Vaccination in Burma 1920-1933 - 1920-1933
Year: 1920
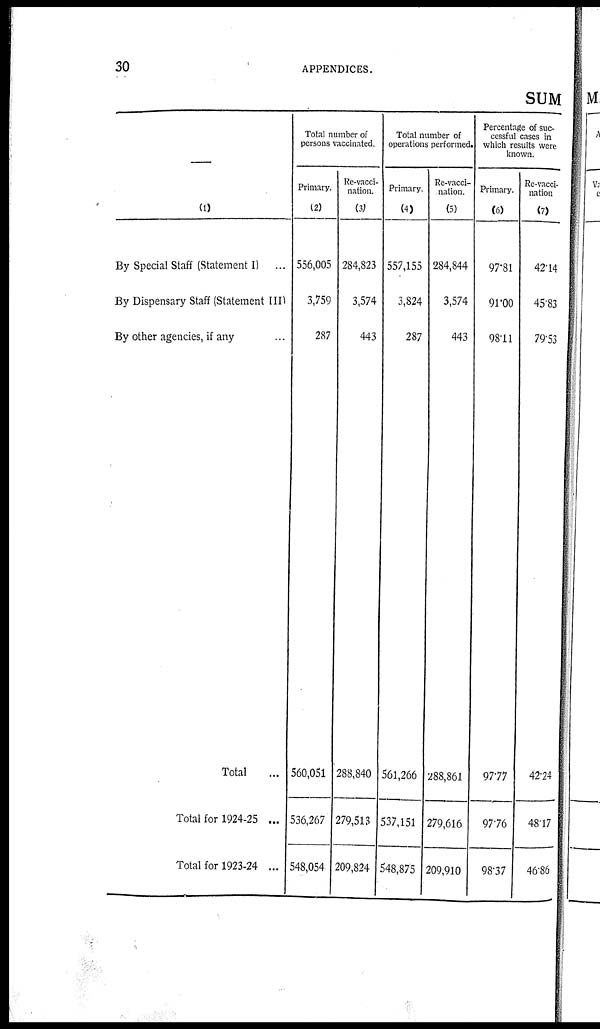
30
APPENDICES.
SUM
—
(1)
By Special Staff (Statement I)
...
By Dispensary Staff (Statement III)
By other agencies, if any... ...
Total...
Total for 1924-25 ...
Total for 1923-24 ...
Total number of
persons vaccinated.
Primary.
(2)
556,005
3,759
287
560,051
536,267
548,054
Re-vacci-
nation.
(3)
284,823
3,574
443
288,840
279,513
209,824
Total number of
operations performed.
Primary.
(4)
557,155
3,824
287
561,266
537,151
548,875
Re-vacci-
nation.
(5)
284,844
3,574
443
288,861
279,616
209,910
Percentage of suc-
cessful cases in
which results were
known.
Primary.
(6)
97.81
91.00
98.11
97.77
97.76
98.37
Re-vacci-
nation
(7)
42.14
45.83
79.53
42.24
48.17
46.86